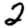
Digit: 2